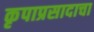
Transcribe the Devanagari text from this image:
कृपाप्रसादाचा